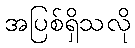
အပြစ်ရှိသလို